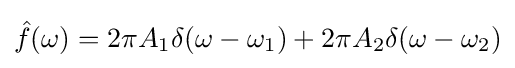
{\hat {f}}(\omega )=2\pi A_{1}\delta (\omega -\omega _{1})+2\pi A_{2}\delta (\omega -\omega _{2})